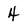
Character: 4